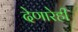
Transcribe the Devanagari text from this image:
देणारेही